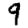
Digit: 9